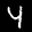
Label: 4